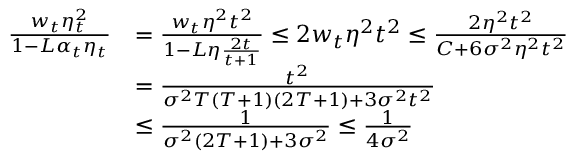
\begin{array} { r l } { \frac { w _ { t } \eta _ { t } ^ { 2 } } { 1 - L \alpha _ { t } \eta _ { t } } } & { = \frac { w _ { t } \eta ^ { 2 } t ^ { 2 } } { 1 - L \eta \frac { 2 t } { t + 1 } } \leq 2 w _ { t } \eta ^ { 2 } t ^ { 2 } \leq \frac { 2 \eta ^ { 2 } t ^ { 2 } } { C + 6 \sigma ^ { 2 } \eta ^ { 2 } t ^ { 2 } } } \\ & { = \frac { t ^ { 2 } } { \sigma ^ { 2 } T \left( T + 1 \right) \left( 2 T + 1 \right) + 3 \sigma ^ { 2 } t ^ { 2 } } } \\ & { \leq \frac { 1 } { \sigma ^ { 2 } \left( 2 T + 1 \right) + 3 \sigma ^ { 2 } } \leq \frac { 1 } { 4 \sigma ^ { 2 } } } \end{array}